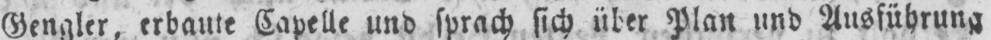
Gengler, erbaute Capelle und sprach sich über Plan und Ausführung